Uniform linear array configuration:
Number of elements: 48
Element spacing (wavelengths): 0.75
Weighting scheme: uniform
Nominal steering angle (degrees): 0
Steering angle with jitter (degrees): -1.902
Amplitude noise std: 0.05
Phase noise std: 0.05

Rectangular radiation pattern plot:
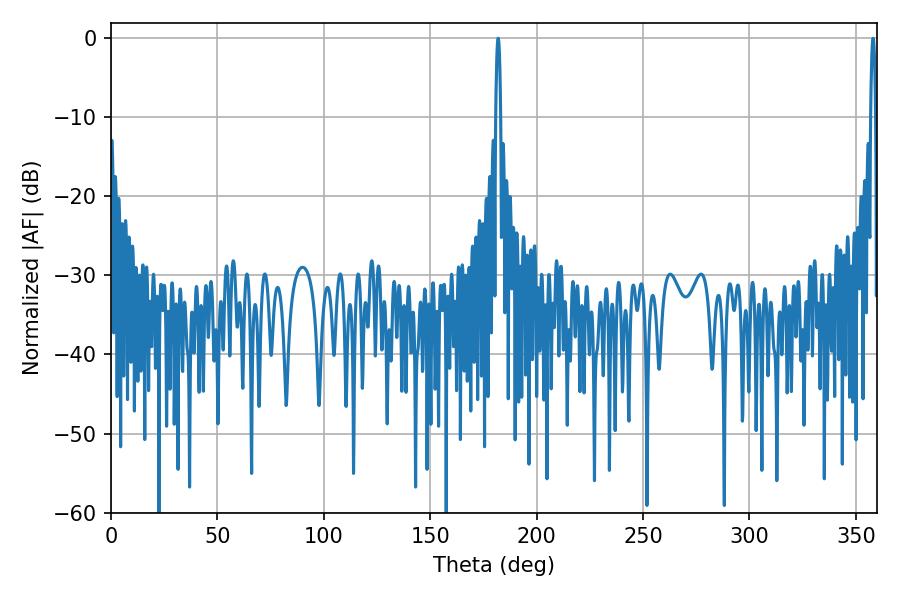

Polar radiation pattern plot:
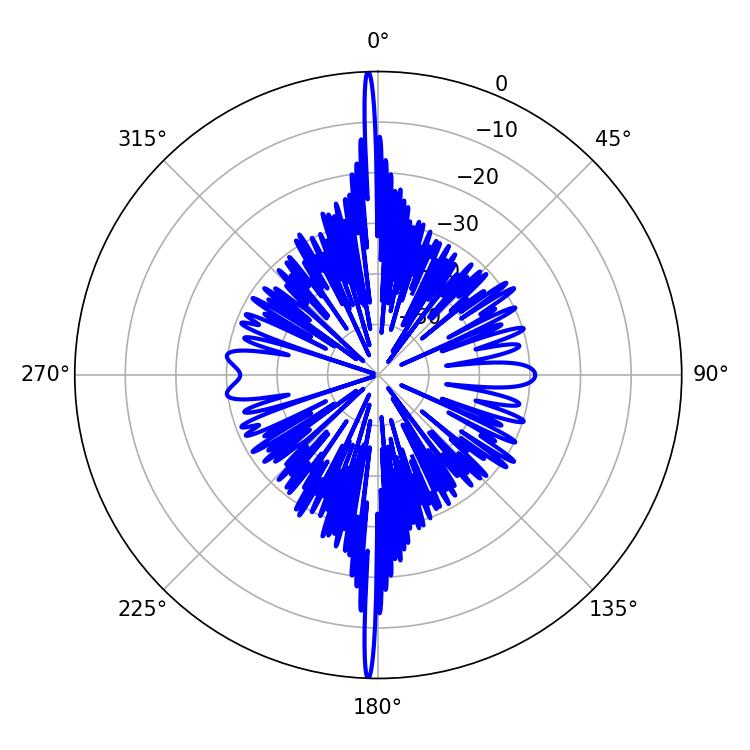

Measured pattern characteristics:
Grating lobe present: TRUE
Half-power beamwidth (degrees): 1.26
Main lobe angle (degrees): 358.02